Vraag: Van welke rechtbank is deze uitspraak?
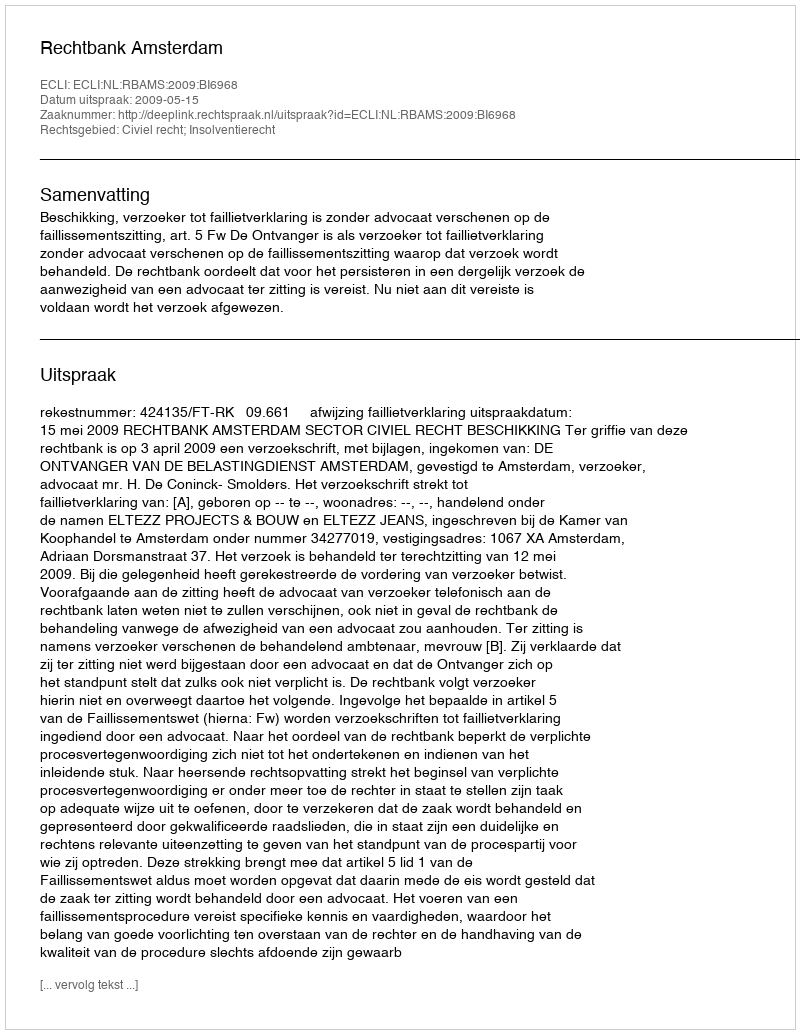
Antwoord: Rechtbank Amsterdam